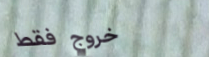
خروج فقط